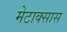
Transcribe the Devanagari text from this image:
मेटाक्सास